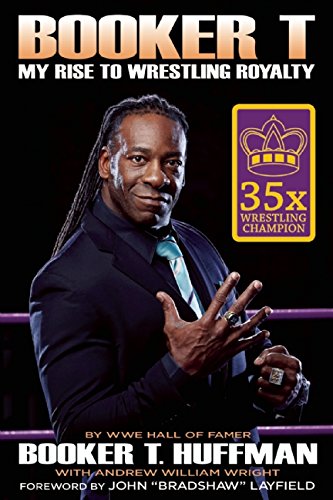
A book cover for Booker T: My Rise To Wrestling Royalty; Booker T Huffman; Sports & Outdoors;